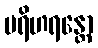
ပရိဟရန္တော